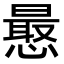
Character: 𭞮